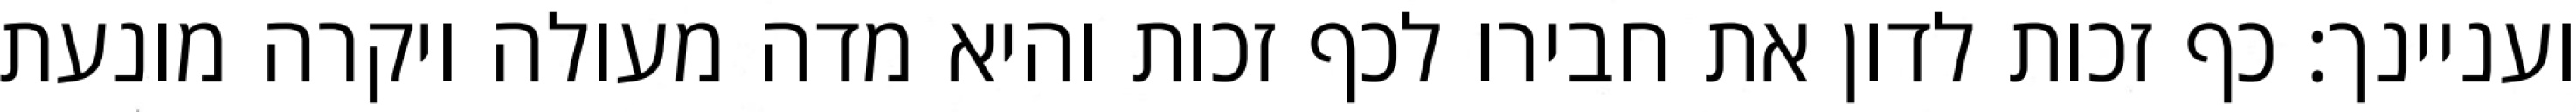
ועניינך: כף זכות לדון את חבירו לכף זכות והיא מדה מעולה ויקרה מונעת